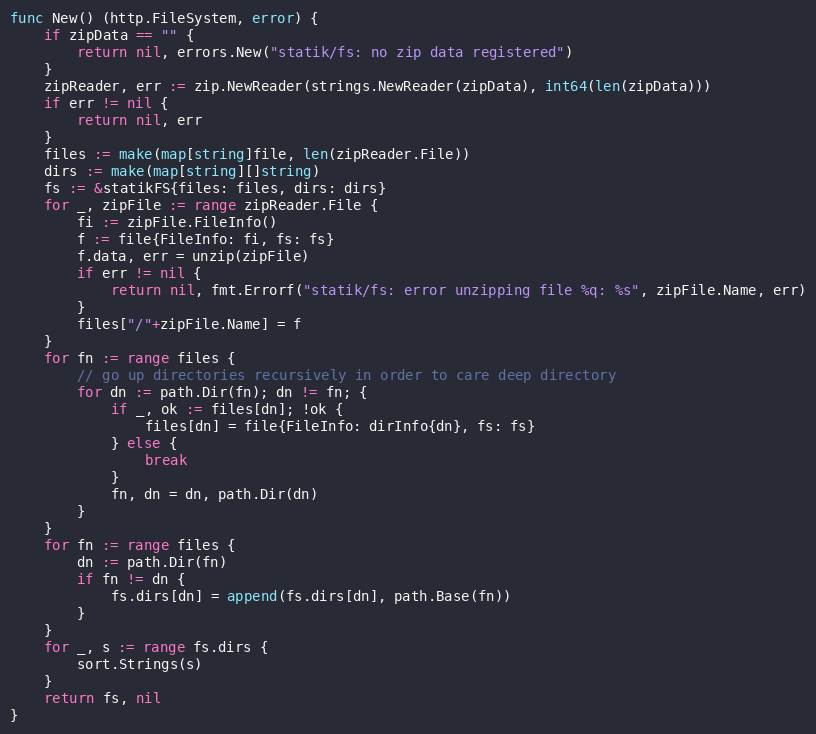
Language: Go
func New() (http.FileSystem, error) {
	if zipData == "" {
		return nil, errors.New("statik/fs: no zip data registered")
	}
	zipReader, err := zip.NewReader(strings.NewReader(zipData), int64(len(zipData)))
	if err != nil {
		return nil, err
	}
	files := make(map[string]file, len(zipReader.File))
	dirs := make(map[string][]string)
	fs := &statikFS{files: files, dirs: dirs}
	for _, zipFile := range zipReader.File {
		fi := zipFile.FileInfo()
		f := file{FileInfo: fi, fs: fs}
		f.data, err = unzip(zipFile)
		if err != nil {
			return nil, fmt.Errorf("statik/fs: error unzipping file %q: %s", zipFile.Name, err)
		}
		files["/"+zipFile.Name] = f
	}
	for fn := range files {
		// go up directories recursively in order to care deep directory
		for dn := path.Dir(fn); dn != fn; {
			if _, ok := files[dn]; !ok {
				files[dn] = file{FileInfo: dirInfo{dn}, fs: fs}
			} else {
				break
			}
			fn, dn = dn, path.Dir(dn)
		}
	}
	for fn := range files {
		dn := path.Dir(fn)
		if fn != dn {
			fs.dirs[dn] = append(fs.dirs[dn], path.Base(fn))
		}
	}
	for _, s := range fs.dirs {
		sort.Strings(s)
	}
	return fs, nil
}